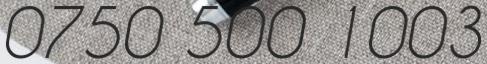
0750 500 1003